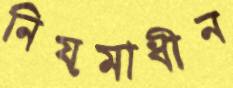
নিয়মাধীন